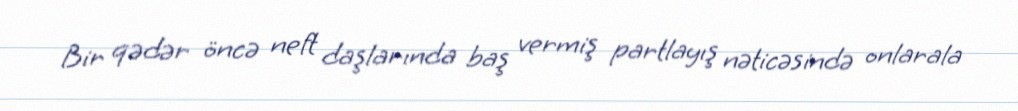
Bir qədər öncə neft daşlarında baş vermiş partlayış nəticəsində onlarala